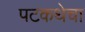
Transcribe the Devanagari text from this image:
पटकथेचा